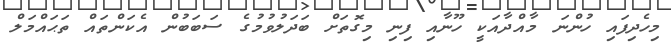
މިހެދިފައި ހުންނަ މާއްދާއަކީ ހޫނާއި ފިނި މިގޮތަށް ބަދަލުވުމުގެ ސަބަބުން އެކަންތައް ތަޙައްމަލް